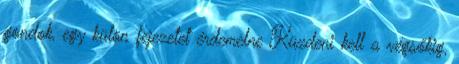
gondok, egy külön fejezetet érdemelne Küzdeni kell a végsőkig,